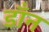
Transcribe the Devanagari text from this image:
डाँन